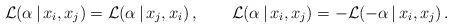
LaTeX: \begin{align*}\mathcal{L}(\alpha\,|\,x_i,x_j)=\mathcal{L}(\alpha\,|\,x_j,x_i)\,,\qquad\mathcal{L}(\alpha\,|\,x_i,x_j)=-\mathcal{L}(-\alpha\,|\,x_i,x_j)\,.\end{align*}